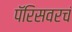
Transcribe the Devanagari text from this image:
पॅरिसवरचं